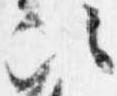
次